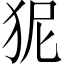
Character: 狔